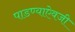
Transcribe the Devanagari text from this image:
पाडण्याऐवजी